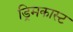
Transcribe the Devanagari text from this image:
ड्रिमकास्ट